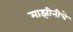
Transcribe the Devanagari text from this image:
माझीनीचे